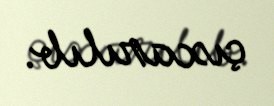
çıxarılıb.